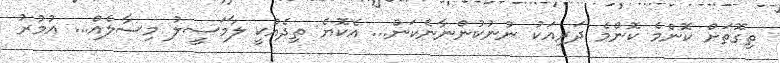
ތިގޮތަށް ކޮންމެ ކޮންމެ ދަރިއަކު ނުނުކުންނާނެކަން... އެކޮޔެ ތިދެއްކީ ލާމަސީލު މިސާލެއް... އުމުރު